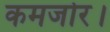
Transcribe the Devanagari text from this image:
कमजोर।